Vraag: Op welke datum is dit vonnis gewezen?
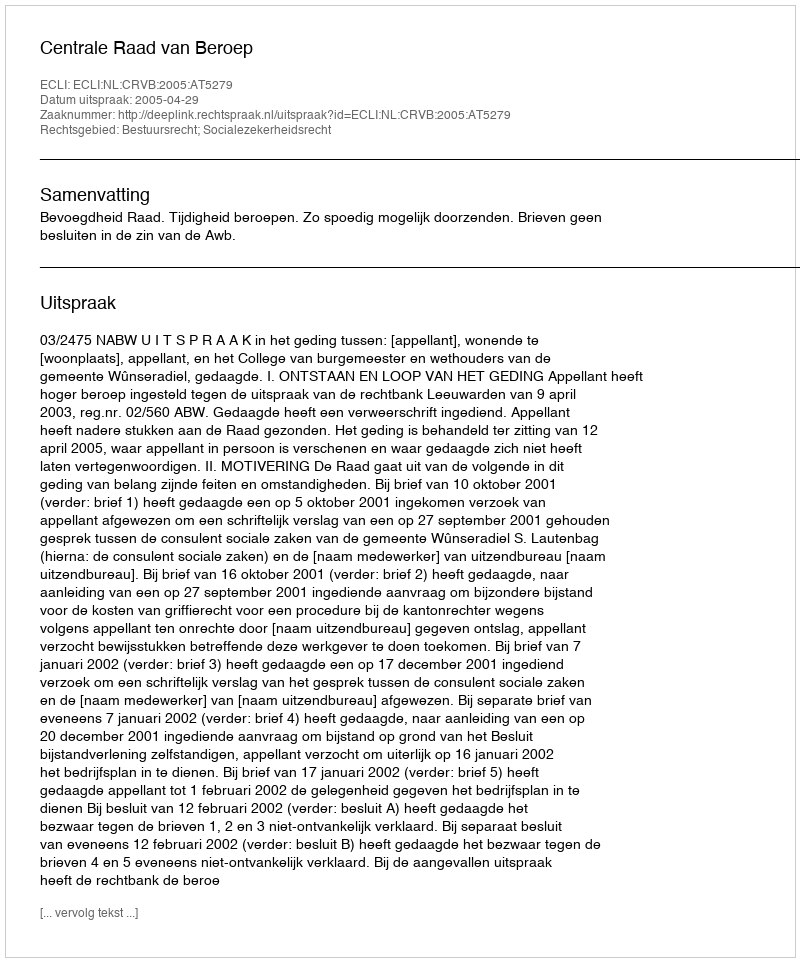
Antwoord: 2005-04-29